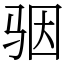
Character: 骃